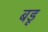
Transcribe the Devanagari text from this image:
बडू